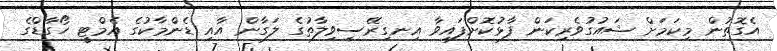
އެގޮތުން މިކަމަށް ޝައުގުވެރިކަން ފާޅުކޮށްފައިވާ އިނގިރޭސިވިލާތުގެ ލަގާން އާއި ޑެންމާކުގެ އެމްޓީ ހޯގާޑްގެ